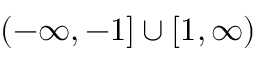
( - \infty , - 1 ] \cup [ 1 , \infty )